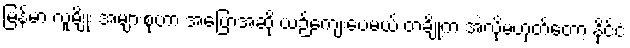
မြန်မာ လူမျိုး အများစုဟာ အပြောအဆို ယဉ်ကျေးပေမယ့် တချို့က အဲ့လိုမဟုတ်တော့ နိုင်ငံ